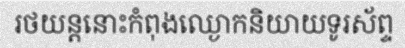
រថយន្តនោះកំពុងឈ្ងោកនិយាយទូរស័ព្ទ